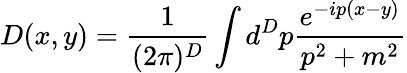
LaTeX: D(x,y)=\frac{1}{(2\pi)^{D}}\int d^{D}p\frac{e^{-ip(x-y)}}{p^{2}+m^{2}}